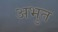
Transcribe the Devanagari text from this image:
अभुत